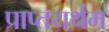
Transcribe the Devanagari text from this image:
प्राप्तयर्थम